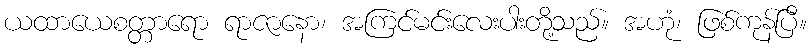
ယထာယေစတ္တာရော ရာဇာနော၊ အကြင်မင်းလေးပါးတို့သည်။ အဟုံ၊ ဖြစ်ကုန်ပြီ။